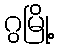
ဂွမြို့